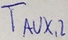
Text: TAUX,2